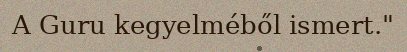
A Guru kegyelméből ismert."